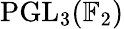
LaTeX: \mathrm{PGL}_{3}(\mathbb{F}_{2})